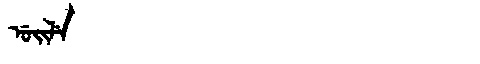
Manchu: ᡠᡳᠯᡝ
Romanization: UILE